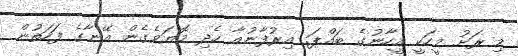
މި ރަށު މީހަކީ އީހާނުގެ ބައްޕަ. އިރުފާނުއާ ހެދި މޮޔަވެގެން އޭނާގެ ފަހަތުން